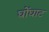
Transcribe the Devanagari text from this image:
घोंघाट